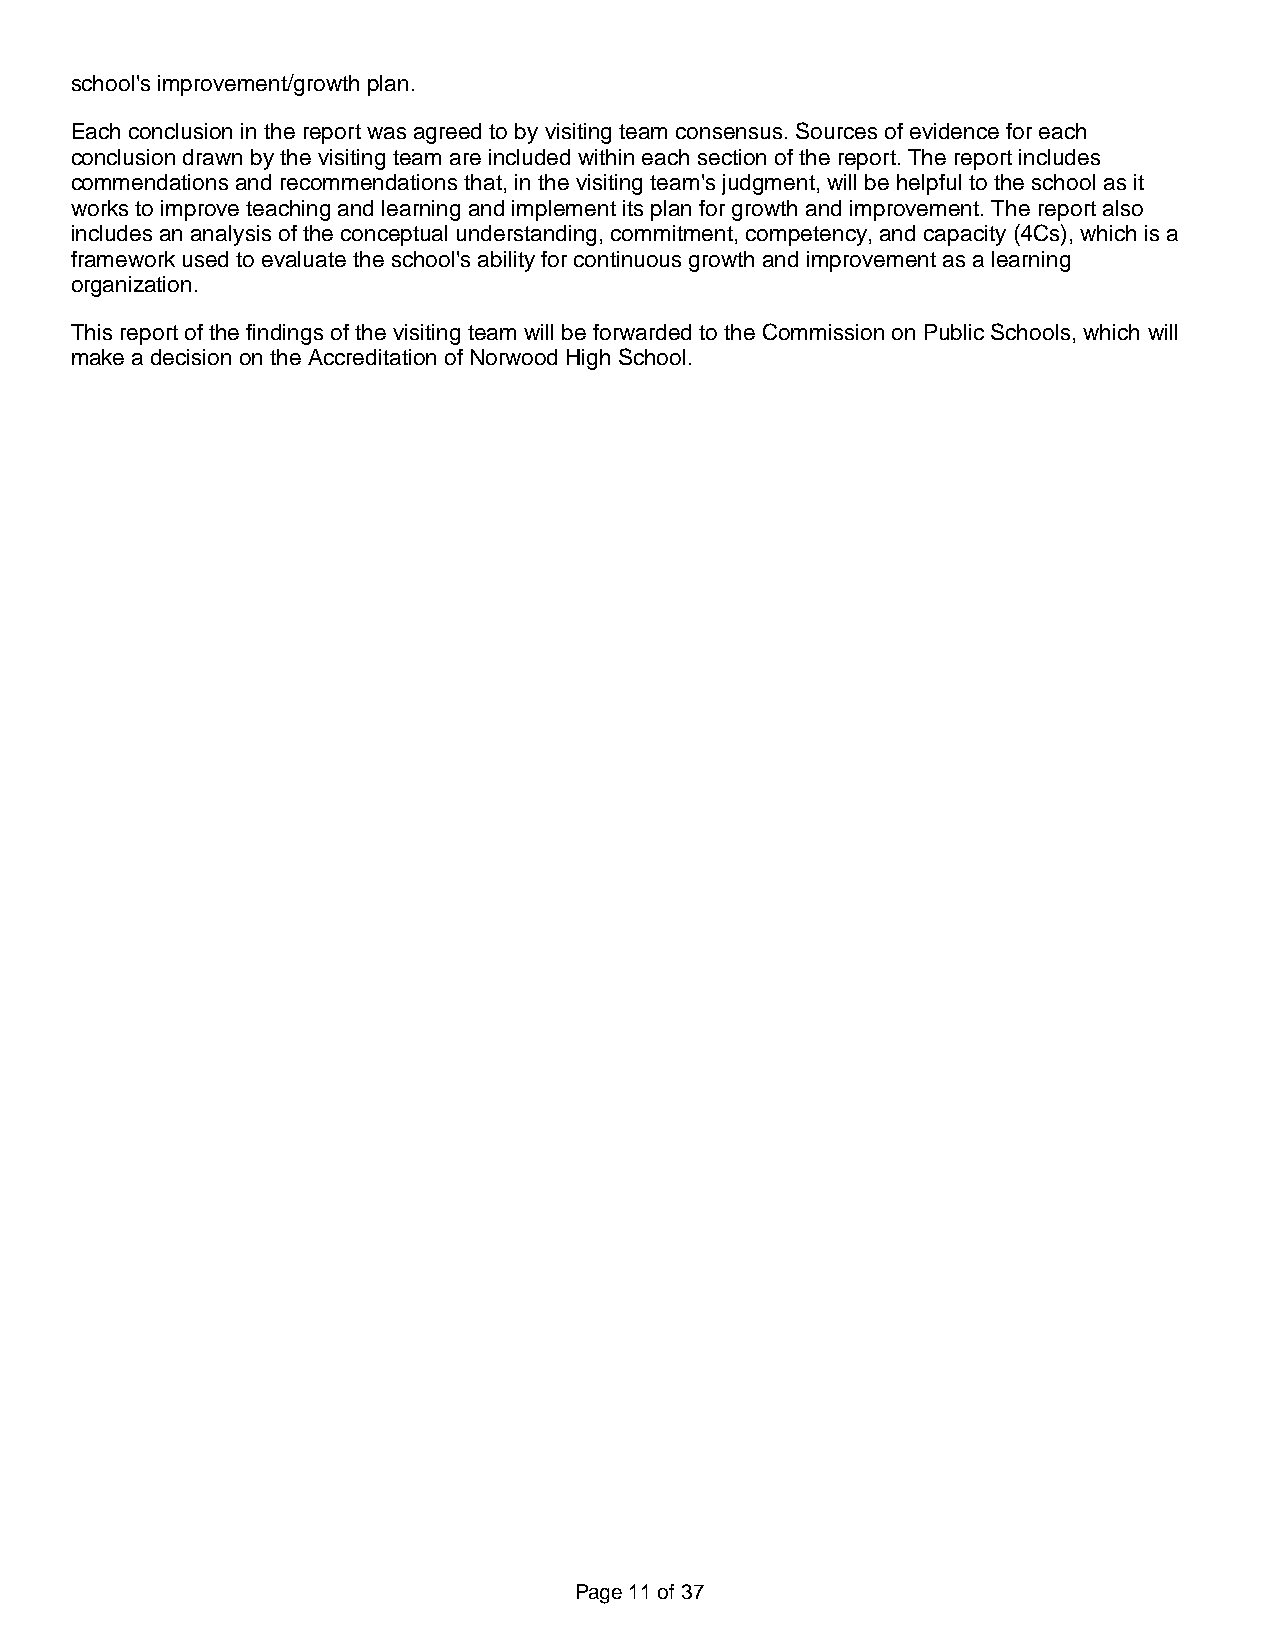
school's improvement/growth plan.
 Each conclusion in the report was agreed to by visiting team consensus. Sources of evidence for each
 conclusion drawn by the visiting team are included within each section of the report. The report includes
 commendations and recommendations that, in the visiting team's judgment, will be helpful to the school as it
 works to improve teaching and learning and implement its plan for growth and improvement. The report also
 includes an analysis of the conceptual understanding, commitment, competency, and capacity (4Cs), which is a
 framework used to evaluate the school's ability for continuous growth and improvement as a learning
 organization.
 This report of the findings of the visiting team will be forwarded to the Commission on Public Schools, which will
 make a decision on the Accreditation of Norwood High School.
 Page 11 of 37